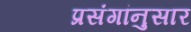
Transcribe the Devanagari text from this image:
प्रसंगांनुसार